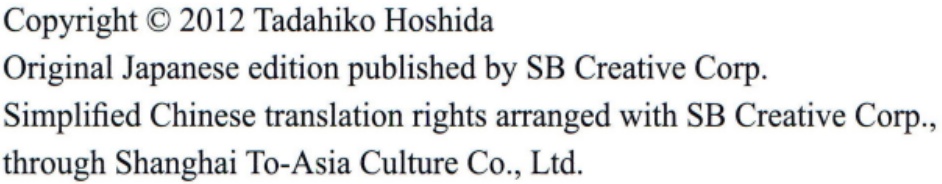
Copyright \(\copyright\) 2012 Tadahiko Hoshida

Original Japanese edition published by SB Creative Corp.

Simplified Chinese translation rights arranged with SB Creative Corp., through Shanghai To-Asia Culture Co., Ltd.